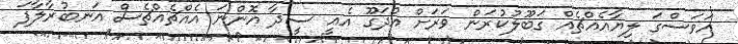
އަވަސްގަ ލިޔާއެއްޗެއް ގަބޫލުކުރަން ވަރަށް އުދަގޫ އެއީ ސީދާ އޮންނަ އެއްޗެއްޗެސް އަނބުރާލާފަ